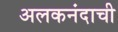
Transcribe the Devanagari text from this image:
अलकनंदाची